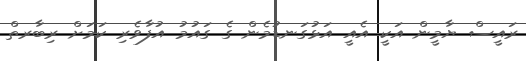
ރައީސް ޔާމީން އަކީ އެއީ އަޅުގަނޑުމެން ގެ ގައުމު އުފާވެރި ކަމަށް ރިބާރތް